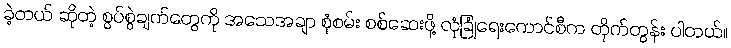
ခဲ့တယ် ဆိုတဲ့ စွပ်စွဲချက်တွေကို အသေအချာ စုံစမ်း စစ်ဆေးဖို့ လုံခြုံရေးကောင်စီက တိုက်တွန်း ပါတယ်။